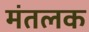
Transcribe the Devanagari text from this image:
मंतलक